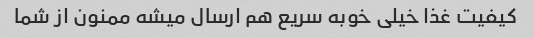
کیفیت غذا خیلی خوبه سریع هم ارسال میشه ممنون از شما